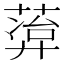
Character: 𬝭